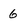
Character: 6